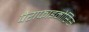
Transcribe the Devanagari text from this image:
पैराफाइमोसिस